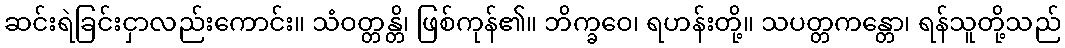
ဆင်းရဲခြင်းငှာလည်းကောင်း။ သံဝတ္တန္တိ၊ ဖြစ်ကုန်၏။ ဘိက္ခဝေ၊ ရဟန်းတို့။ သပတ္တကန္တော၊ ရန်သူတို့သည်